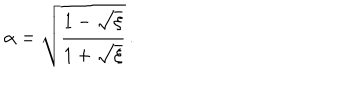
\alpha = \sqrt { \frac { 1 - \sqrt { \xi } } { 1 + \sqrt { \xi } } } \, .